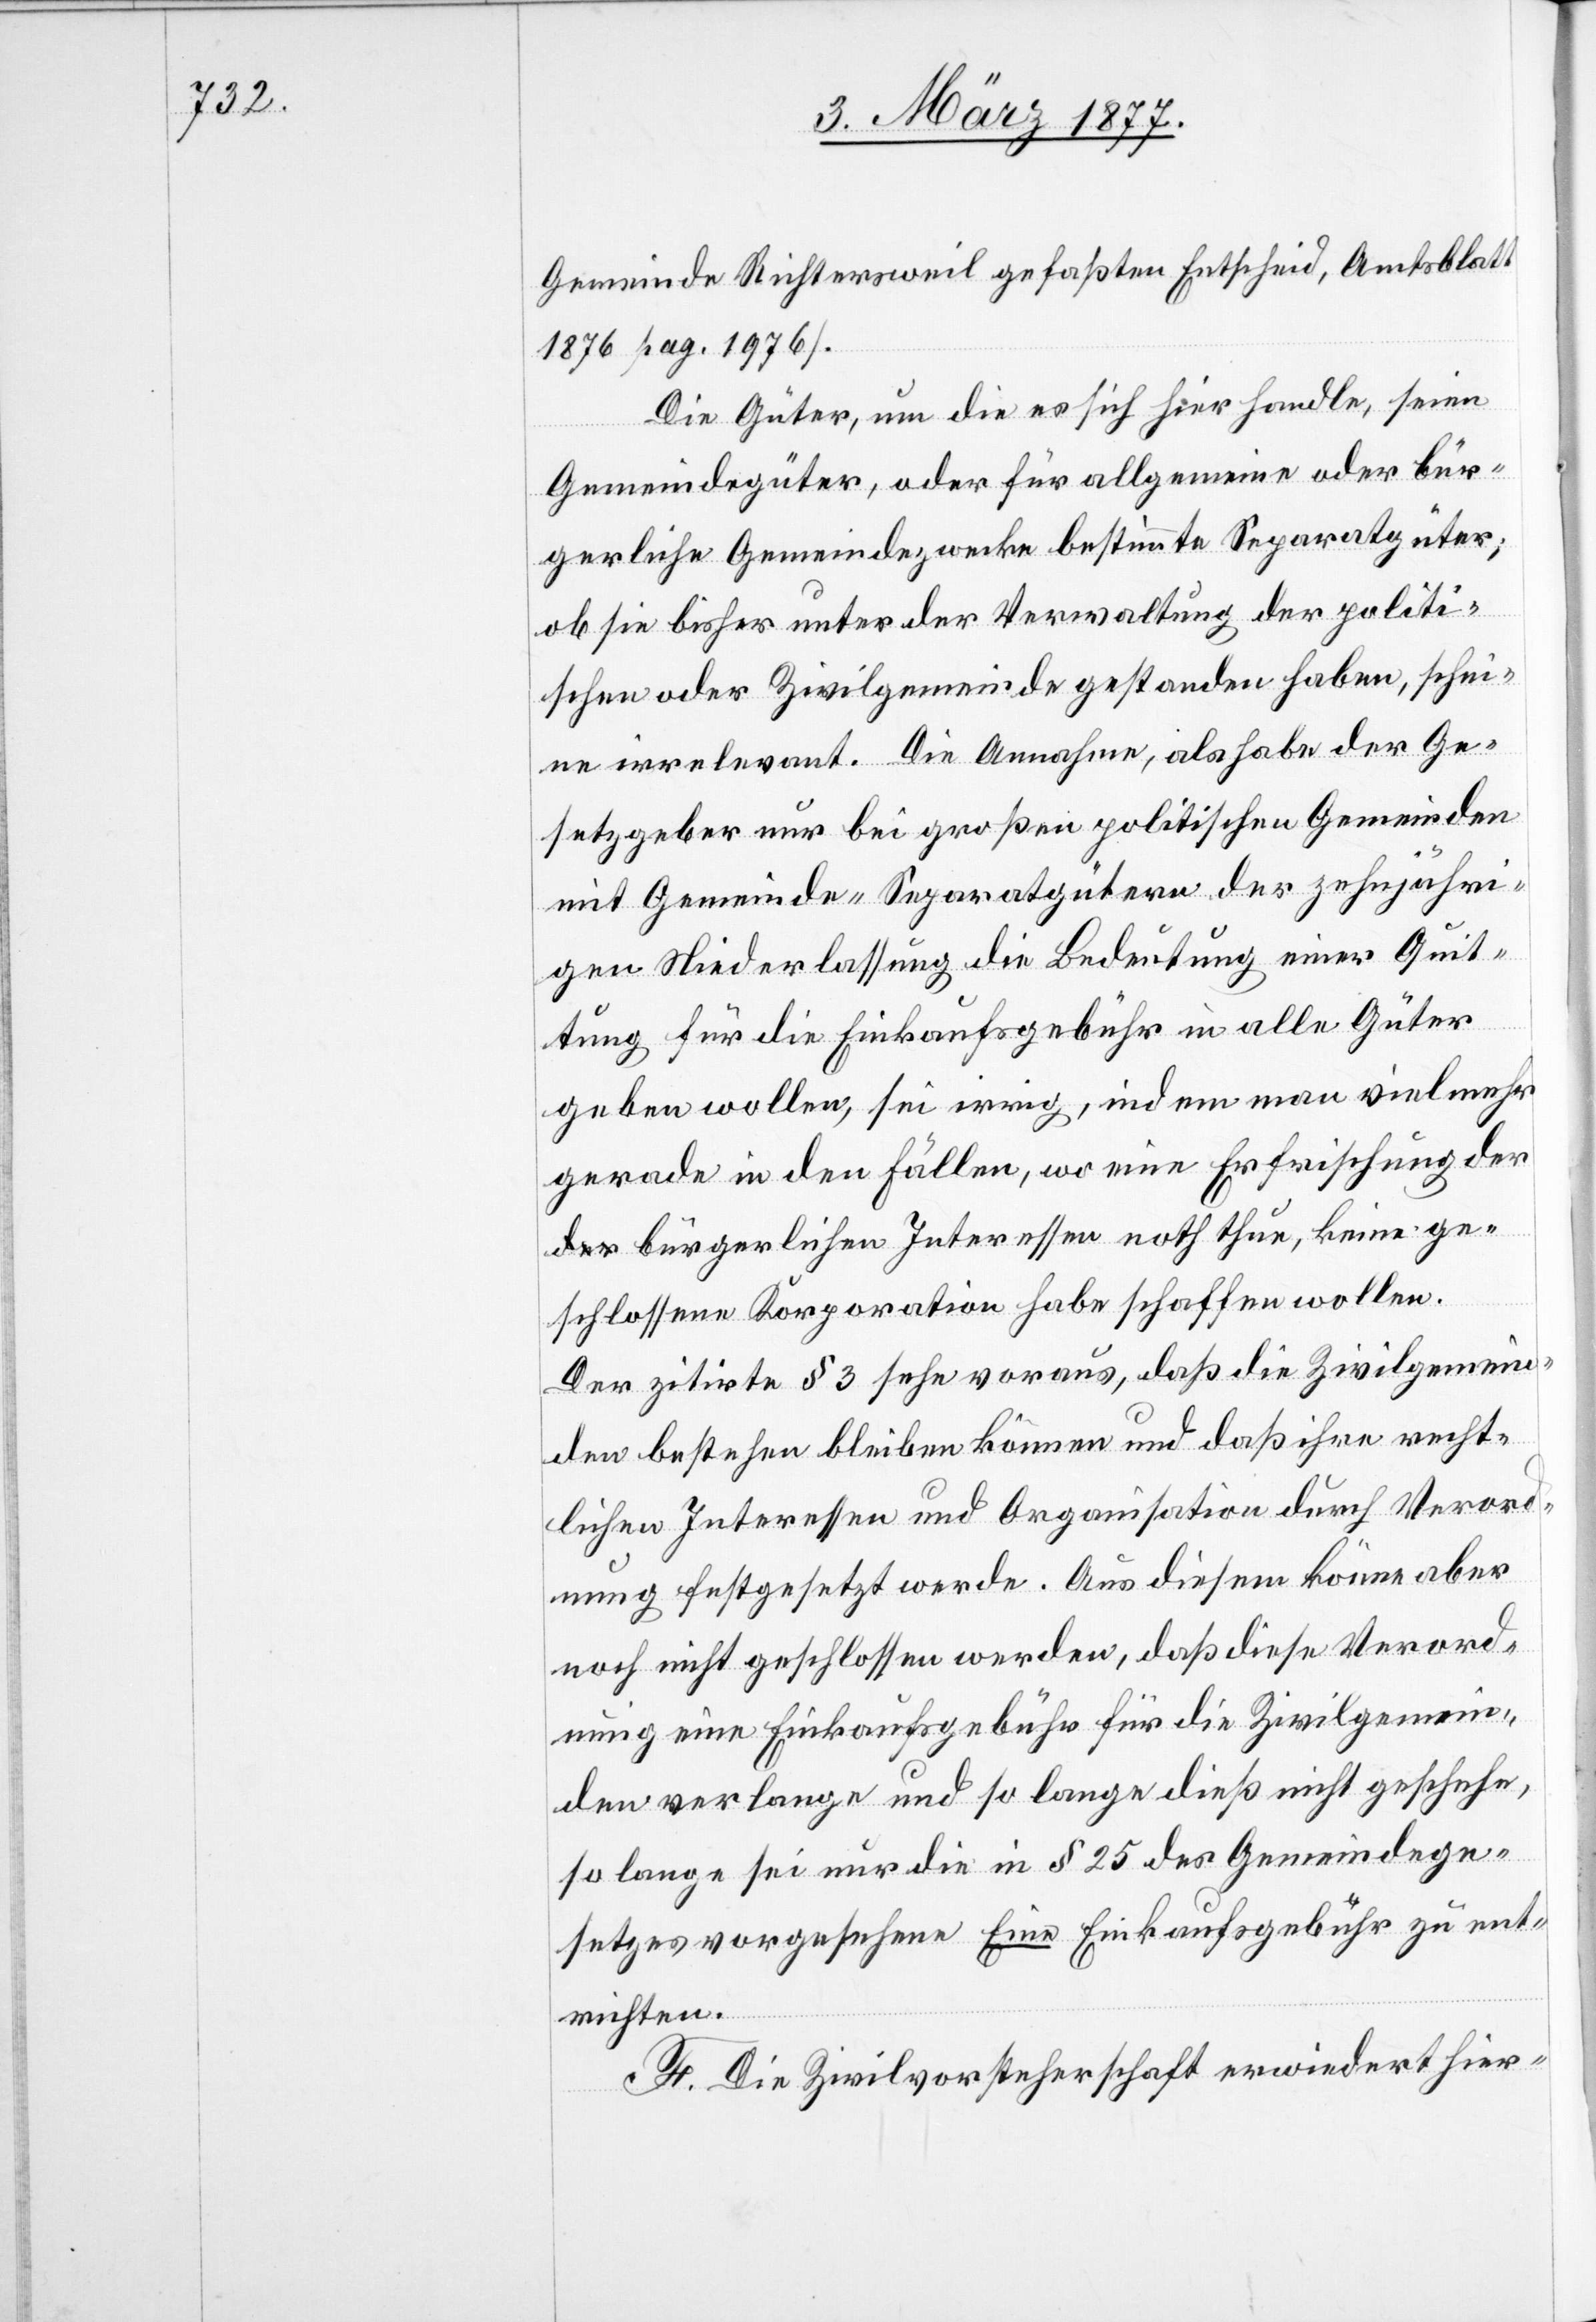
Gemeinde Richtersweil gefaßten Entscheid, Amtsblatt
1876 pag. 1976].
Die Güter, um die es sich hier handle, seien
Gemeindegüter, oder für allgemeine oder bür¬
gerliche Gemeindezwecke bestimmte Separatgüter;
ob sie bisher unter der Verwaltung der politi¬
schen oder Zivilgemeinde gestanden haben, schei¬
ne irrelevant. Die Annahme, als habe der Ge¬
setzgeber nur bei großen politischen Gemeinden
mit Gemeinde-Separatgütern der zehnjähri¬
gen Niederlassung die Bedeutung einer Quit¬
tung für die Einkaufsgebühr in alle Güter
geben wollen, sei irrig, indem man vielmehr
gerade in den Fällen, wo eine Erfrischung
der bürgerlichen Interessen noth thue, keine ge¬
schlossene Korporation habe schaffen wollen.
Der zitirte § 3 sehe voraus, daß die Zivilgemein¬
den bestehen bleiben können und daß ihre recht¬
lichen Interessen und Organisation durch Verord¬
nung festgesetzt werde. Aus diesem könne aber
noch nicht geschlossen werden, daß diese Verord¬
nung eine Einkaufsgebühr für die Zivilgemein¬
den verlange und so lange dieß nicht geschehe,
so lange sei nur die in § 25 des Gemeindege¬
setzes vorgesehene Eine Einkaufsgebühr zu ent¬
richten.
F. Die Zivilvorsteherschaft erwiedert hier-